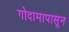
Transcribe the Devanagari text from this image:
गोदामापासून